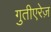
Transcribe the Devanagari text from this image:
गुतीएरेज़